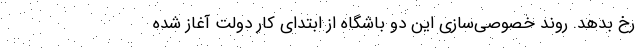
رخ بدهد. روند خصوصی‌سازی این دو باشگاه از ابتدای کار دولت آغاز شده